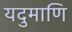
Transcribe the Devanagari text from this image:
यदुमाणि